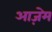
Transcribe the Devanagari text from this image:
आज़ेम